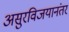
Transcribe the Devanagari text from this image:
असुरविजयानंतर